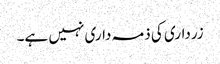
زرداری کی ذمہ داری نہیں ہے۔